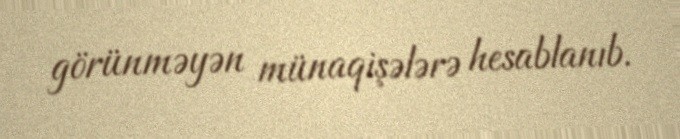
görünməyən münaqişələrə hesablanıb.